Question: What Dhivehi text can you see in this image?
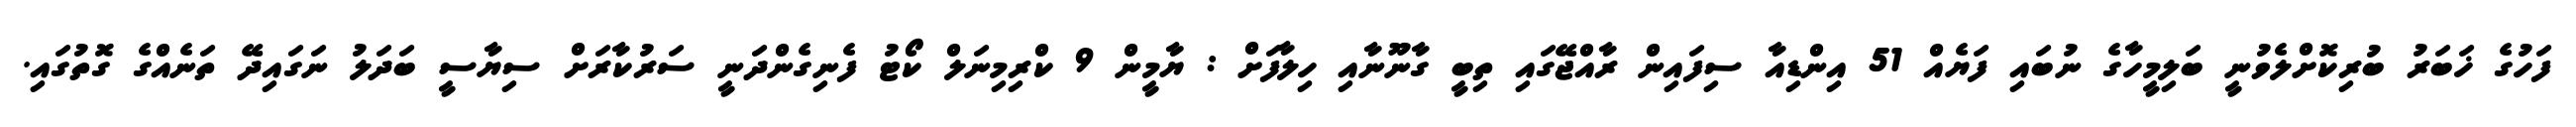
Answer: ފަހުގެ ޚަބަރު ބުރިކޮށްލެވުނީ ބަލިމީހާގެ ނުބައި ފަޔެއް 51 އިންޑިއާ ސިފައިން ރާއްޖޭގައި ތިބީ ގާނޫނާއި ހިލާފަށް : ޔާމީން 9 ކްރިމިނަލް ކޯޓު ފެނިގެންދަނީ ސަރުކާރަށް ސިޔާސީ ބަދަލު ނަގައިދޭ ތަނެއްގެ ގޮތުގައި.